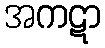
အကဋာ